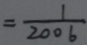
= \frac { 1 } { 2 0 0 6 }